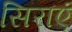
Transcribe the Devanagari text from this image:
सिराएं